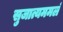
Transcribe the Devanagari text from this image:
सुजात्यममलं